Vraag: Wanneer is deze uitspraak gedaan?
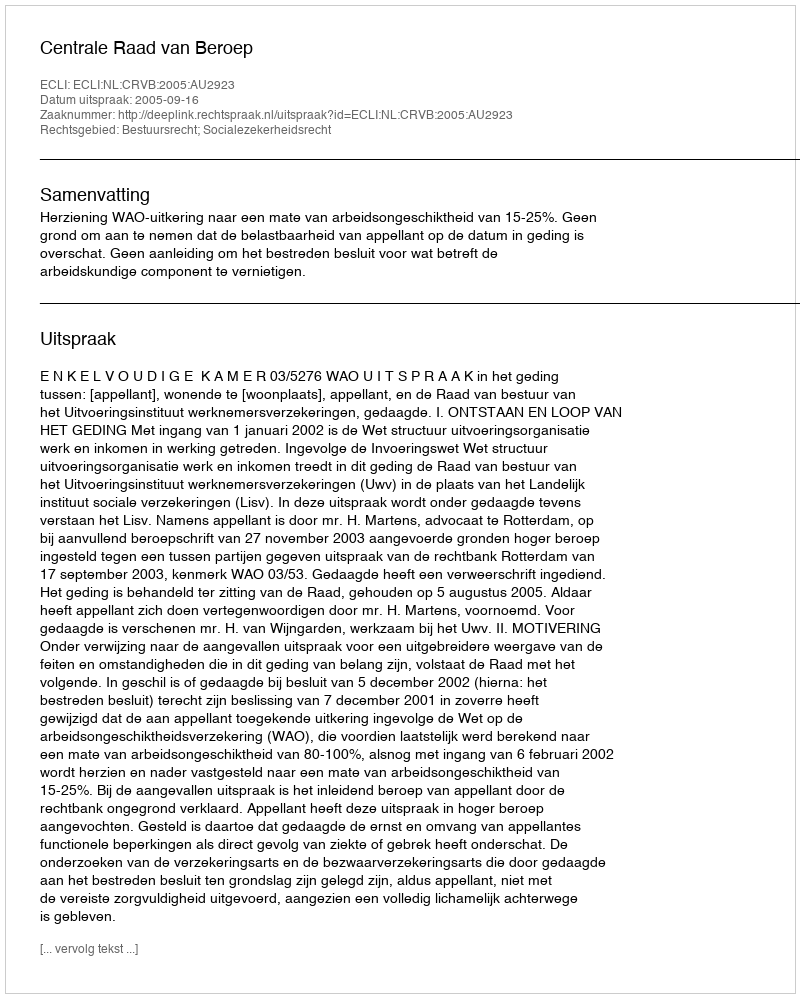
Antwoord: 2005-09-16